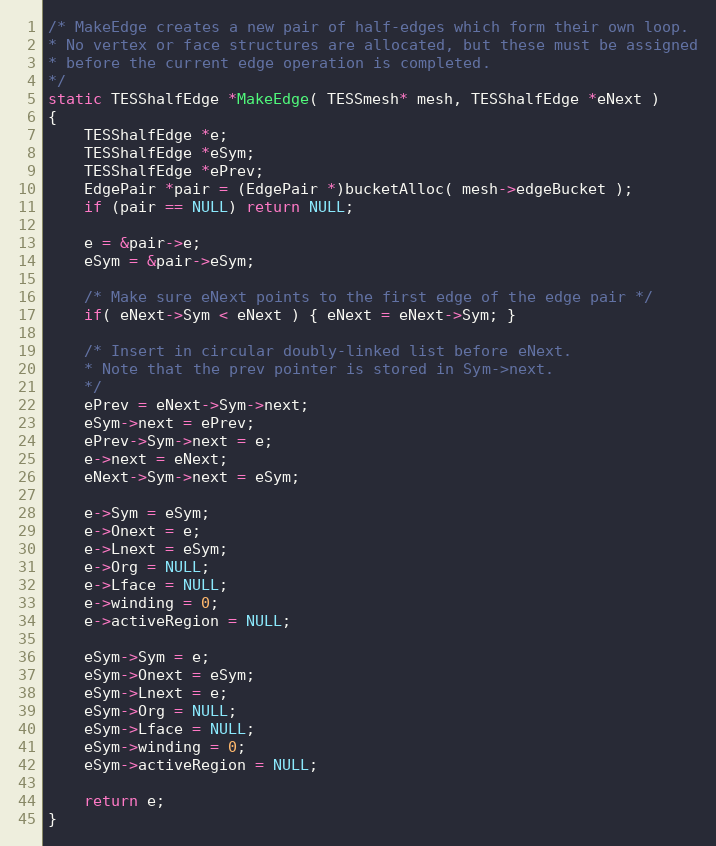
Language: C
/* MakeEdge creates a new pair of half-edges which form their own loop.
* No vertex or face structures are allocated, but these must be assigned
* before the current edge operation is completed.
*/
static TESShalfEdge *MakeEdge( TESSmesh* mesh, TESShalfEdge *eNext )
{
	TESShalfEdge *e;
	TESShalfEdge *eSym;
	TESShalfEdge *ePrev;
	EdgePair *pair = (EdgePair *)bucketAlloc( mesh->edgeBucket );
	if (pair == NULL) return NULL;

	e = &pair->e;
	eSym = &pair->eSym;

	/* Make sure eNext points to the first edge of the edge pair */
	if( eNext->Sym < eNext ) { eNext = eNext->Sym; }

	/* Insert in circular doubly-linked list before eNext.
	* Note that the prev pointer is stored in Sym->next.
	*/
	ePrev = eNext->Sym->next;
	eSym->next = ePrev;
	ePrev->Sym->next = e;
	e->next = eNext;
	eNext->Sym->next = eSym;

	e->Sym = eSym;
	e->Onext = e;
	e->Lnext = eSym;
	e->Org = NULL;
	e->Lface = NULL;
	e->winding = 0;
	e->activeRegion = NULL;

	eSym->Sym = e;
	eSym->Onext = eSym;
	eSym->Lnext = e;
	eSym->Org = NULL;
	eSym->Lface = NULL;
	eSym->winding = 0;
	eSym->activeRegion = NULL;

	return e;
}